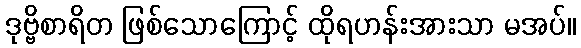
ဒုဗ္ဗိစာရိတ ဖြစ်သောကြောင့် ထိုရဟန်းအားသာ မအပ်။